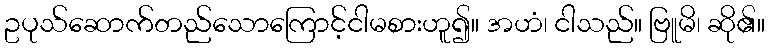
ဥပုသ်ဆောက်တည်သောကြောင့်ငါမစားဟူ၍။ အဟံ၊ ငါသည်။ ဗြူမိ၊ ဆို၏။